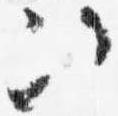
次